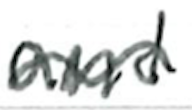
Text: and
Cross-out: wave
Writing tool: ballpoint